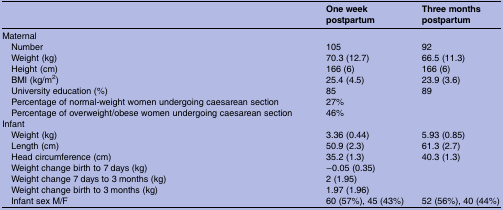
<table><thead><tr><td></td><td><b>One week postpartum</b></td><td><b>Three months postpartum</b></td></tr></thead><tbody><tr><td colspan="3">Maternal</td></tr><tr><td> Number</td><td>105</td><td>92</td></tr><tr><td> Weight (kg)</td><td>70.3 (12.7)</td><td>66.5 (11.3)</td></tr><tr><td> Height (cm)</td><td>166 (6)</td><td>166 (6)</td></tr><tr><td> BMI (kg/m<sup>2</sup>)</td><td>25.4 (4.5)</td><td>23.9 (3.6)</td></tr><tr><td> University education (%)</td><td>85</td><td>89</td></tr><tr><td> Percentage of normal-weight women undergoing caesarean section</td><td colspan="2">27%</td></tr><tr><td> Percentage of overweight/obese women undergoing caesarean section</td><td colspan="2">46%</td></tr><tr><td colspan="3">Infant</td></tr><tr><td> Weight (kg)</td><td>3.36 (0.44)</td><td>5.93 (0.85)</td></tr><tr><td> Length (cm)</td><td>50.9 (2.3)</td><td>61.3 (2.7)</td></tr><tr><td> Head circumference (cm)</td><td>35.2 (1.3)</td><td>40.3 (1.3)</td></tr><tr><td> Weight change birth to 7 days (kg)</td><td colspan="2">−0.05 (0.35)</td></tr><tr><td> Weight change 7 days to 3 months (kg)</td><td colspan="2">2 (1.95)</td></tr><tr><td> Weight change birth to 3 months (kg)</td><td colspan="2">1.97 (1.96)</td></tr><tr><td> Infant sex M/F</td><td>60 (57%), 45 (43%)</td><td>52 (56%), 40 (44%)</td></tr></tbody></table>